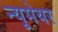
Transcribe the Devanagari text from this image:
न्यूमेयर